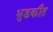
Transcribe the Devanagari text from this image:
भुडकीत